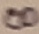
Text: 8